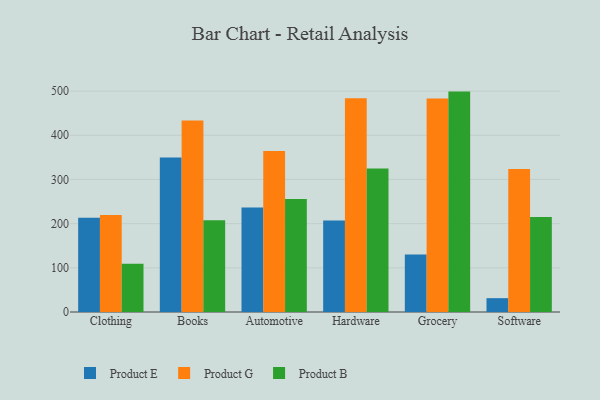
{"axis": {"x": "Category", "y": "Active Users"}, "legend": ["Product B", "Product E", "Product G"], "data": [{"x": "Clothing", "y": 213.2, "type": "Product E"}, {"x": "Clothing", "y": 219.5, "type": "Product G"}, {"x": "Clothing", "y": 109.0, "type": "Product B"}, {"x": "Books", "y": 349.7, "type": "Product E"}, {"x": "Books", "y": 433.5, "type": "Product G"}, {"x": "Books", "y": 207.9, "type": "Product B"}, {"x": "Automotive", "y": 236.4, "type": "Product E"}, {"x": "Automotive", "y": 364.1, "type": "Product G"}, {"x": "Automotive", "y": 255.8, "type": "Product B"}, {"x": "Hardware", "y": 206.8, "type": "Product E"}, {"x": "Hardware", "y": 483.5, "type": "Product G"}, {"x": "Hardware", "y": 324.9, "type": "Product B"}, {"x": "Grocery", "y": 130.0, "type": "Product E"}, {"x": "Grocery", "y": 483.4, "type": "Product G"}, {"x": "Grocery", "y": 498.8, "type": "Product B"}, {"x": "Software", "y": 31.3, "type": "Product E"}, {"x": "Software", "y": 323.4, "type": "Product G"}, {"x": "Software", "y": 215.1, "type": "Product B"}]}